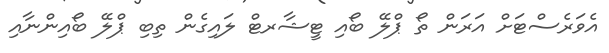
އެވަރެސްޓަށް އަރަން ތޯ ޕްލޭ ބޯއި ޓީޝާރޓް ލައިގެން ތިބި ޕްލޭ ބޯއިންނާއި